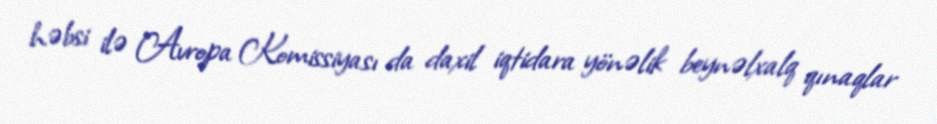
həbsi ilə Avropa Komissiyası da daxil iqtidara yönəlik beynəlxalq qınaqlar